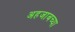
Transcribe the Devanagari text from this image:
अहजाबच्या